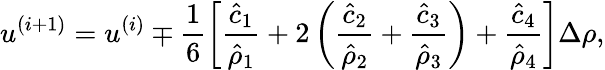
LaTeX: u^{(i+1)}=u^{(i)}\mp\frac{1}{6}\left[\frac{\hat{c}_{1}}{\hat{\rho}_{1}}+2\left(\frac{\hat{c}_{2}}{\hat{\rho}_{2}}+\frac{\hat{c}_{3}}{\hat{\rho}_{3}}\right)+\frac{\hat{c}_{4}}{\hat{\rho}_{4}}\right]\Delta\rho,